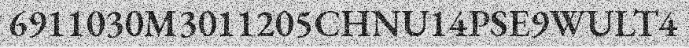
6911030M3011205CHNU14PSE9WULT4